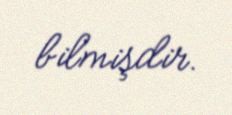
bilmişdir.